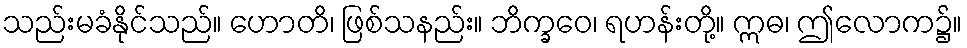
သည်းမခံနိုင်သည်။ ဟောတိ၊ ဖြစ်သနည်း။ ဘိက္ခဝေ၊ ရဟန်းတို့။ ဣဓ၊ ဤလောက၌။